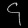
Digit: ၄